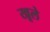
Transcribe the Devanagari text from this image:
खूले